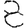
Digit: 8